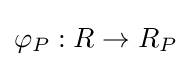
\varphi _{P}:R\to R_{P}